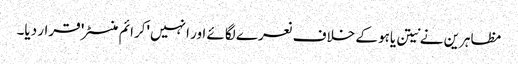
مظاہرین نے نیتن یاہو کے خلاف نعرے لگائے اور انہیں 'کرائم منسٹر' قرار دیا۔